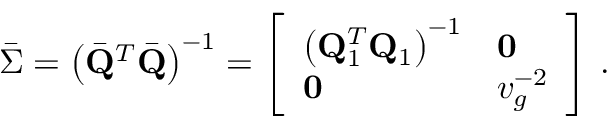
\bar { \boldsymbol { \Sigma } } = \left( \bar { \bf Q } ^ { T } \bar { \bf Q } \right) ^ { - 1 } = \left[ \begin{array} { l l } { \left( { \bf Q } _ { 1 } ^ { T } { \bf Q } _ { 1 } \right) ^ { - 1 } } & { { \bf 0 } } \\ { { \bf 0 } } & { v _ { g } ^ { - 2 } } \end{array} \right] \, .